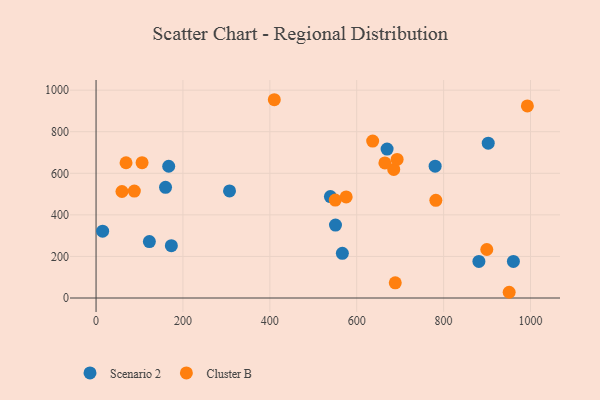
{"axis": {"x": "Investment", "y": "Salary"}, "legend": ["Cluster B", "Scenario 2"], "data": [{"x": "167.2", "y": 634.0, "type": "Scenario 2"}, {"x": "173.3", "y": 251.8, "type": "Scenario 2"}, {"x": "122.7", "y": 271.7, "type": "Scenario 2"}, {"x": "566.9", "y": 214.9, "type": "Scenario 2"}, {"x": "669.9", "y": 716.5, "type": "Scenario 2"}, {"x": "15.1", "y": 321.4, "type": "Scenario 2"}, {"x": "881.2", "y": 176.2, "type": "Scenario 2"}, {"x": "159.9", "y": 532.4, "type": "Scenario 2"}, {"x": "780.5", "y": 634.1, "type": "Scenario 2"}, {"x": "551.1", "y": 351.0, "type": "Scenario 2"}, {"x": "307.2", "y": 515.1, "type": "Scenario 2"}, {"x": "902.7", "y": 745.1, "type": "Scenario 2"}, {"x": "960.6", "y": 176.0, "type": "Scenario 2"}, {"x": "539.4", "y": 488.1, "type": "Scenario 2"}, {"x": "105.9", "y": 651.0, "type": "Cluster B"}, {"x": "575.7", "y": 486.4, "type": "Cluster B"}, {"x": "899.4", "y": 233.5, "type": "Cluster B"}, {"x": "685.2", "y": 618.6, "type": "Cluster B"}, {"x": "992.8", "y": 924.1, "type": "Cluster B"}, {"x": "636.7", "y": 754.9, "type": "Cluster B"}, {"x": "950.9", "y": 27.6, "type": "Cluster B"}, {"x": "550.6", "y": 471.1, "type": "Cluster B"}, {"x": "88.1", "y": 514.7, "type": "Cluster B"}, {"x": "693.0", "y": 666.9, "type": "Cluster B"}, {"x": "664.8", "y": 650.0, "type": "Cluster B"}, {"x": "688.7", "y": 72.9, "type": "Cluster B"}, {"x": "69.0", "y": 650.7, "type": "Cluster B"}, {"x": "410.3", "y": 954.0, "type": "Cluster B"}, {"x": "59.6", "y": 512.4, "type": "Cluster B"}, {"x": "782.1", "y": 470.0, "type": "Cluster B"}]}